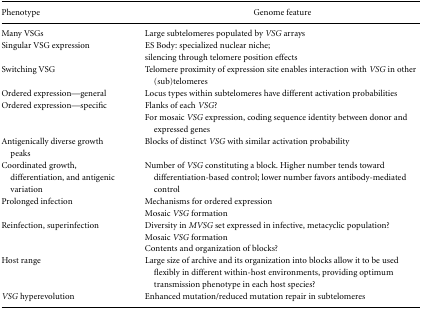
<table><thead><tr><td><b>Phenotype</b></td><td><b>Genome feature</b></td></tr></thead><tbody><tr><td>Many VSGs</td><td>Large subtelomeres populated by <i>VSG</i> arrays</td></tr><tr><td>Singular VSG expression</td><td>ES Body: specialized nuclear niche;</td></tr><tr><td></td><td>silencing through telomere position effects</td></tr><tr><td>Switching VSG</td><td>Telomere proximity of expression site enables interaction with <i>VSG</i> in other (sub)telomeres</td></tr><tr><td>Ordered expression—general</td><td>Locus types within subtelomeres have different activation probabilities</td></tr><tr><td>Ordered expression—specific</td><td>Flanks of each <i>VSG</i>?</td></tr><tr><td></td><td>For mosaic <i>VSG</i> expression, coding sequence identity between donor and expressed genes</td></tr><tr><td>Antigenically diverse growth peaks</td><td>Blocks of distinct <i>VSG</i> with similar activation probability</td></tr><tr><td>Coordinated growth, differentiation, and antigenic variation</td><td>Number of <i>VSG</i> constituting a block. Higher number tends toward differentiation-based control; lower number favors antibody-mediated control</td></tr><tr><td>Prolonged infection</td><td>Mechanisms for ordered expression</td></tr><tr><td></td><td>Mosaic <i>VSG</i> formation</td></tr><tr><td>Reinfection, superinfection</td><td>Diversity in <i>MVSG</i> set expressed in infective, metacyclic population?</td></tr><tr><td></td><td>Mosaic <i>VSG</i> formation</td></tr><tr><td></td><td>Contents and organization of blocks?</td></tr><tr><td>Host range</td><td>Large size of archive and its organization into blocks allow it to be used flexibly in different within-host environments, providing optimum transmission phenotype in each host species?</td></tr><tr><td><i>VSG</i> hyperevolution</td><td>Enhanced mutation/reduced mutation repair in subtelomeres</td></tr></tbody></table>